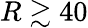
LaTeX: R\gtrsim 40